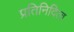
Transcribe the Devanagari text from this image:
प्रतिनिदित्व